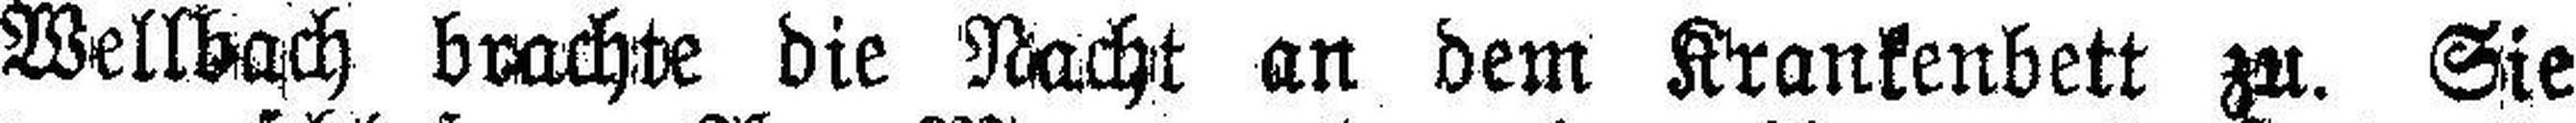
Wellbach brachte die Nacht an dem Krankenbett zu. Sie